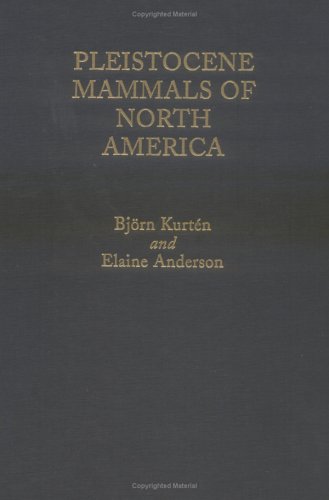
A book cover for Pleistocene Mammals of North America; Bjorn Kurten; Science & Math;